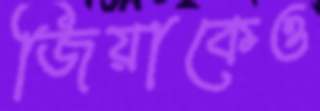
জিয়াকেও